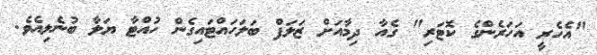
"އެހެރީ އަހަރެންގެ ކޮޓަރި" ގެއާ ދިމާއަށް ޒަލަފް ބަލަހައްޓައިގެން ހުއްޓާ ޔަލާ ބުނެލިއެވެ.